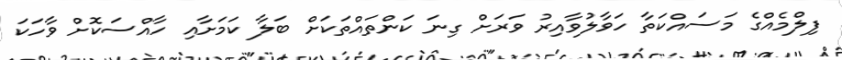
ފިލްމެއްގެ މަސައްކަތާ ހަވާލުވާއިރު ވަރަށް ގިނަ ކަންތައްތަކަށް ބަލާ ކަމަށާއި ހާއްސަކޮށް ވާހަކަ